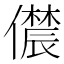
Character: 𫣳